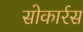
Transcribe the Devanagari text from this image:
सोकार्रस